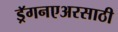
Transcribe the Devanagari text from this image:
ड्रॅगनएअरसाठी